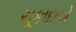
ચૂકાદાએ